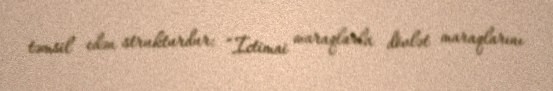
təmsil edən strukturdur: “İctimai maraqlarla dövlət maraqlarını